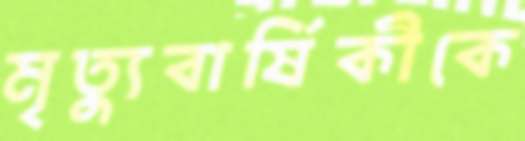
মৃত্যুবার্ষিকীকে